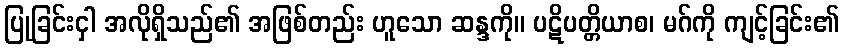
ပြုခြင်းငှါ အလိုရှိသည်၏ အဖြစ်တည်း ဟူသော ဆန္ဒကို။ ပဋိပတ္တိယာစ၊ မဂ်ကို ကျင့်ခြင်း၏